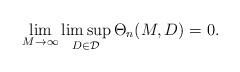
LaTeX: \begin{align*} \lim_{M \rightarrow \infty} \limsup_{D\in \mathcal{D}} \Theta_n(M,D) =0.\end{align*}